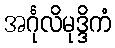
အင်္ဂုလိမုဒ္ဒိကံ